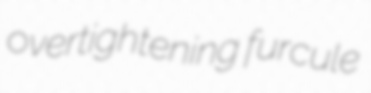
overtightening furcule